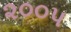
૨૦૦પ